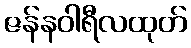
ဇန်နဝါရီလထုတ်